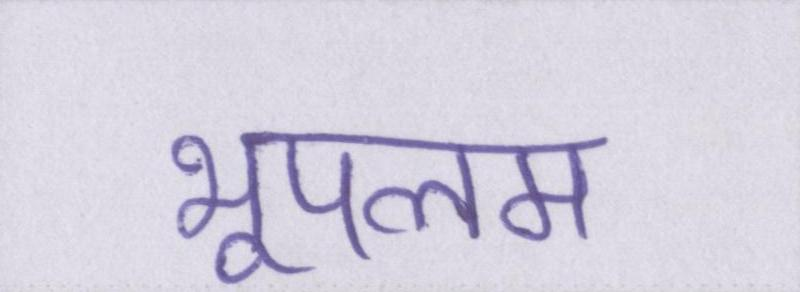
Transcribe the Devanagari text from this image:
भूपलम